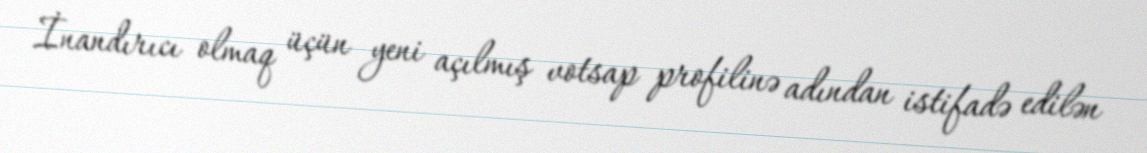
İnandırıcı olmaq üçün yeni açılmış votsap profilinə adından istifadə edilən